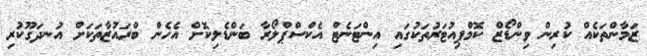
ޒަމާންތަކެއް ކުރިން ވިންޑޯޒް ކޮމްޕިއުޓަރުތަކުގައި އިންޓަނެޓް އެކްސްޕްލޯރާ ބަންޑެލިކޮށް އެހެން ބްރައުޒާތަކަށް އުނދަގޫކުރި